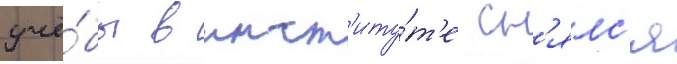
учё́бы в инст'иту́т'е сн'ялс'я